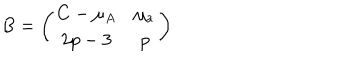
LaTeX: B = \left( \begin{matrix} { { C - \mu _ { A } } } & { { \mu _ { a } } } \\ { { 2 p - 3 } } & { { p } } \\ \end{matrix} \right)